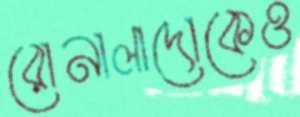
রোনালাদোকেও